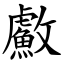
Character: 䱷